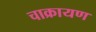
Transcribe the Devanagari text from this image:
चाक्रायण